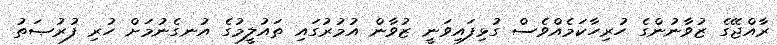
ރާއްޖޭގެ ޒުވާނުންގެ ހުރިހާކަމެއްވެސް ގުޅިފައިވަނީ ޒުވާން އުމުރުގައި ތައުލީމުގެ އުނގެނުމަށް ހުރި ފުރުޞަތު